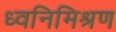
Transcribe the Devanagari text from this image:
ध्वनिमिश्रण